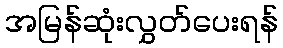
အမြန်ဆုံးလွှတ်ပေးရန်